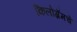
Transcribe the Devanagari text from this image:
किलोग्रॅमचे